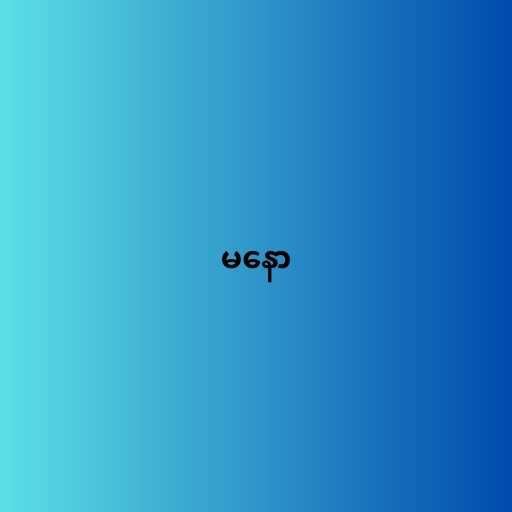
မနော